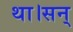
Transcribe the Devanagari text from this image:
था।सन्